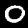
Digit: 0